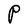
Character: P